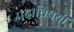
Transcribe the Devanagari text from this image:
पदाविषयी